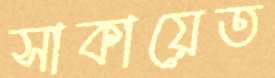
সাকায়েত